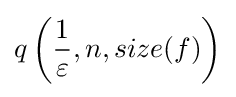
q\left({\frac {1}{\varepsilon }},n,size(f)\right)